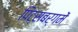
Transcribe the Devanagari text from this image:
पिट्सबर्गमें